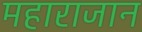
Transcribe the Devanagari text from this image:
महाराजान